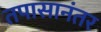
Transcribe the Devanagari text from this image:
तपासानंतर